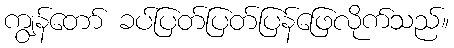
ကျွန်တော် ခပ်ပြတ်ပြတ်ပြန်ဖြေလိုက်သည်။